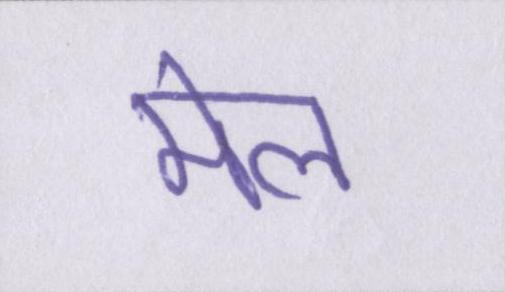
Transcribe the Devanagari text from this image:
मेल